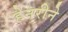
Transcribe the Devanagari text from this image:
हेनरीने